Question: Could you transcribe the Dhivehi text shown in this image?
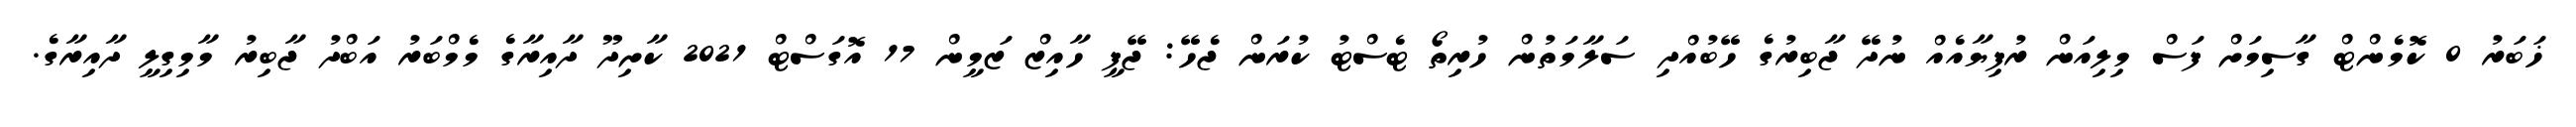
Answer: ޚަބަރު 0 ކޮމެންޓް ގާސިމަށް ފަސް މިލިއަން ރުފިޔާއެއް ނުދޭ ޖާބިރުގެ ހޭބުއްދި ސަލާމަތުން ހުރިތޯ ޓެސްޓު ކުރަން ޖެހޭ: ޖޭޕީ ހާއިޒް ޒަމީން 17 އޮގަސްޓް 2021 ކާށިދޫ ދާއިރާގެ މެމްބަރު އަބްދު ޖާބިރު މާމިގިލީ ދާއިރާގެ.